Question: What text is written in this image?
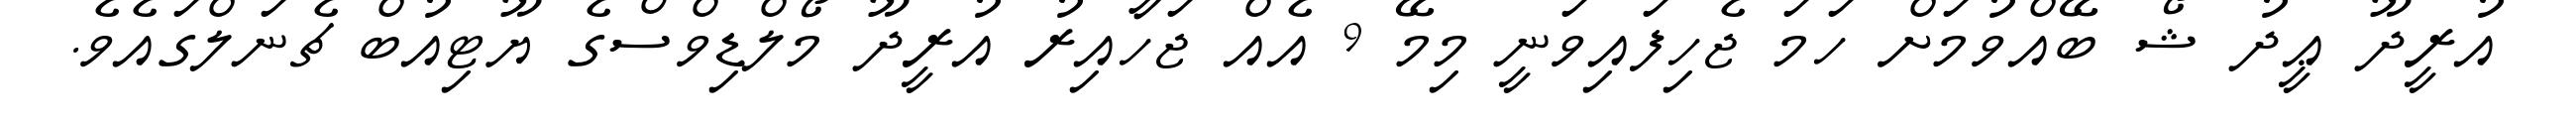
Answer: އުރީދޫ ޢީދު ޝޯ ބޭއްވުމަށް ހަމަ ޖެހިފައިވަނީ މިމޭ 9 އެއް ޖަހާއިރު އުރީދޫ މޯލްޑިވްސްގެ ޔޫޓިއުބް ޗެނަލްގައެވެ.